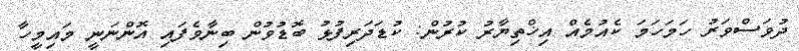
ދުވަސްވަރު ހަމަހަމަ ކެއުމެއް އިޚްތިޔާރު ކުރުން: ކުޑަދަރިފުޅު ބޮޑުވުން ބިނާވެފައި އޮންނަނީ މައިމީހާ